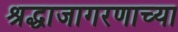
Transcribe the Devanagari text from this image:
श्रद्धाजागरणाच्या